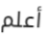
أعلم